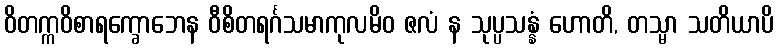
ဝိတက္ကဝိစာရက္ခောဘေန ဝီစိတရင်္ဂသမာကုလမိဝ ဇလံ န သုပ္ပသန္နံ ဟောတိ, တသ္မာ သတိယာပိ